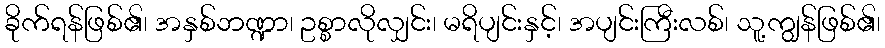
ခိုက်ရန်ဖြစ်၏၊ အနှစ်ဘဏ္ဍာ၊ ဥစ္စာလိုလျှင်း၊ မရိပျင်းနှင့်၊ အပျင်းကြီးလစ်၊ သူ့ကျွန်ဖြစ်၏၊